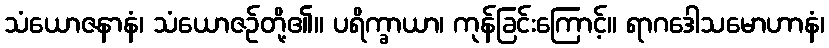
သံယောဇနာနံ၊ သံယောဇဉ်တို့၏။ ပရိက္ခာယာ၊ ကုန်ခြင်းကြောင့်။ ရာဂဒေါသမောဟာနံ၊